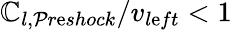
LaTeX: \mathbb{C}_{l,\mathcal{P}r\mathrm{e}shock}/v_{l\mathrm{e}ft}<1